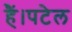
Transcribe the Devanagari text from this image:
हैं।पटेल